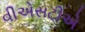
વીએસટીએ